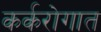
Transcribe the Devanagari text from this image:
कर्करोगात